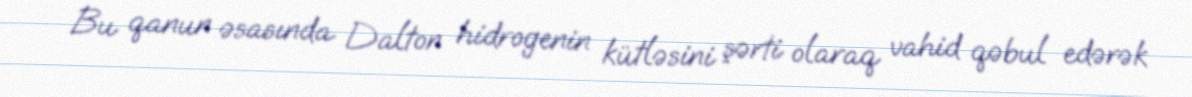
Bu qanun əsasında Dalton hidrogenin kütləsini şərti olaraq vahid qəbul edərək